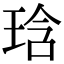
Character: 琀